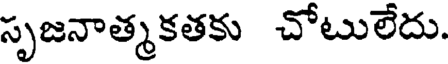
సృజనాత్మకతకు చోటులేదు.